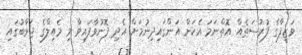
ވަޒީފާގެ ފުރުސަތެއް އޮތްނަމަ އެކަން އަންގައިދިނުމަށް އެދި ފޮނުވާފައިވާ މި މެއިލްގެ ޖަވާބުގައި